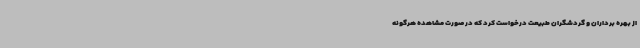
از بهره برداران و گردشگران طبیعت درخواست کرد که در صورت مشاهده هرگونه